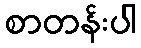
စာတန်းပါ